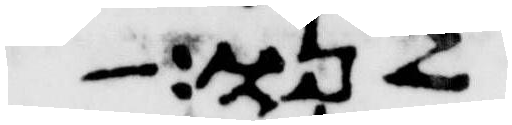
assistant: לנו